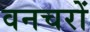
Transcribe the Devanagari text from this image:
वनचरों